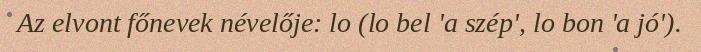
Az elvont főnevek névelője: lo (lo bel 'a szép', lo bon 'a jó').